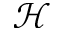
\mathcal { H }